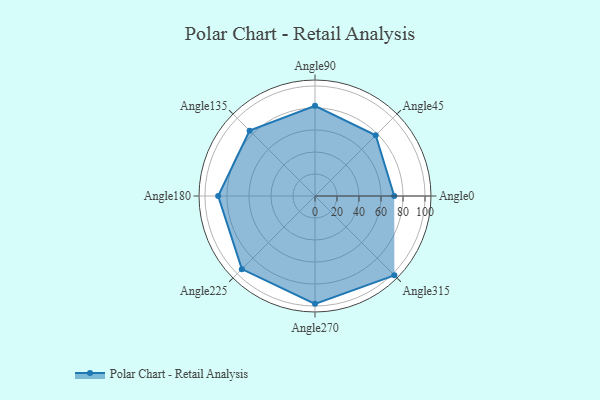
{"axis": {"x": "Angle", "y": "Radius"}, "legend": [""], "data": [{"x": "Angle0", "y": 72.0, "type": ""}, {"x": "Angle45", "y": 78.0, "type": ""}, {"x": "Angle90", "y": 82.0, "type": ""}, {"x": "Angle135", "y": 84.0, "type": ""}, {"x": "Angle180", "y": 88.0, "type": ""}, {"x": "Angle225", "y": 94.0, "type": ""}, {"x": "Angle270", "y": 98.0, "type": ""}, {"x": "Angle315", "y": 102.0, "type": ""}]}